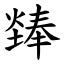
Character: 㷯